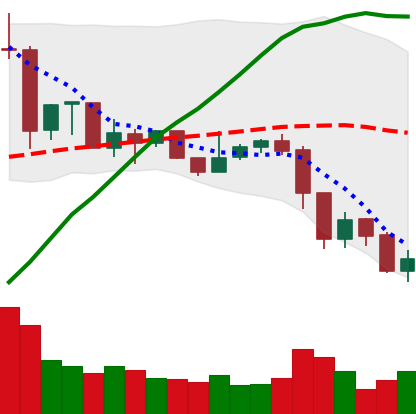
Ticker: XRP-USD
Chart end date: 2019-07-15
Forward return: 5.677%
Label: up_5_7